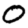
Digit: 0